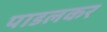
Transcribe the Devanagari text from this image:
पाडलकर